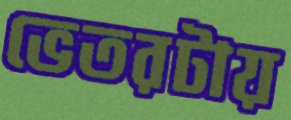
ভেতরটায়